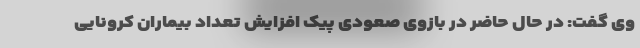
وی گفت: در حال حاضر در بازوی صعودی پیک افزایش تعداد بیماران کرونایی